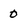
Character: 0